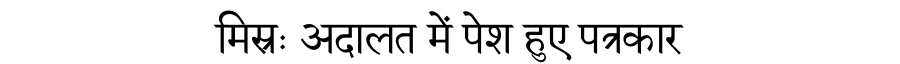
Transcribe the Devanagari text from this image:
मिस्रः अदालत में पेश हुए पत्रकार